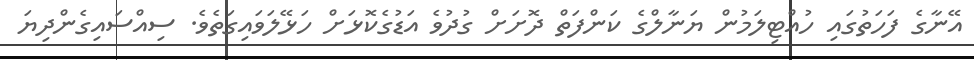
އޭނާގެ ފަހަތުގައި ހުއްޓިލަމުން ޔަނާލްގެ ކަންފަތް ދޮށަށް ގުދުވެ އަޑުގެކޮޅަށް ހަޅޭލަވައިގަތެވެ. ސިއްސައިގެންދިޔަ